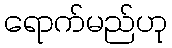
ရောက်မည်ဟု